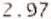
2.97